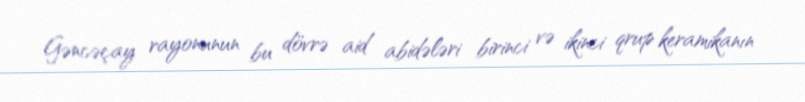
Gəncəçay rayonunun bu dövrə aid abidələri birinci və ikinci qrup keramikanın